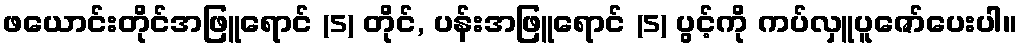
ဖယောင်းတိုင်အဖြူရောင် (5) တိုင်, ပန်းအဖြူရောင် (5) ပွင့်ကို ကပ်လှူပူဇော်ပေးပါ။